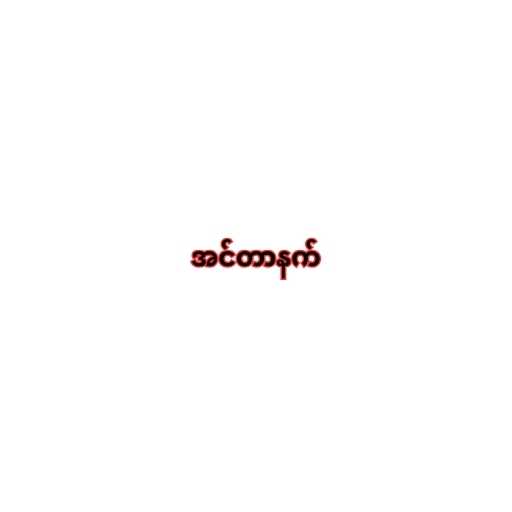
အင်တာနက်